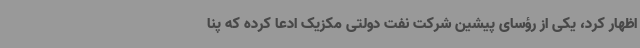
اظهار کرد، یکی از رؤسای پیشین شرکت نفت دولتی مکزیک ادعا کرده که پنا